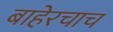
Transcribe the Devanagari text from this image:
बाहेरचाच